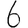
Digit: 6